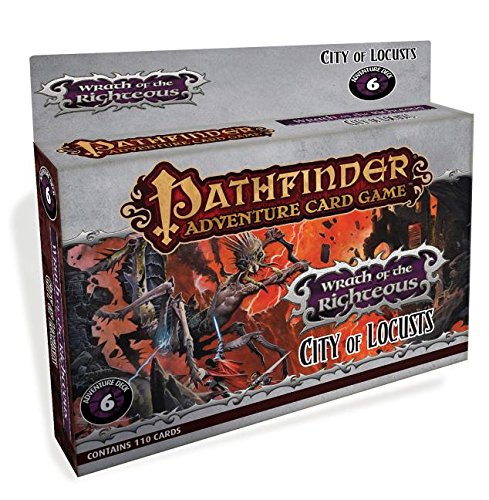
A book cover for Pathfinder Adventure Card Game: Wrath of the Righteous Adventure Deck 6 - City of Locusts; Mike Selinker; Science Fiction & Fantasy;